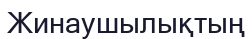
Жинаушылықтың